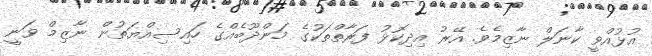
އުޅުއްވީ ކާނަލް ނާޒިމެވެ. އޭރު އިދިކޮޅު ފަރާތްތަކުގެ މަންދޫބެއްގެ ހައިސިއްޔަތުން ނާޒިމް ވަނީ